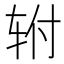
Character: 𰹿